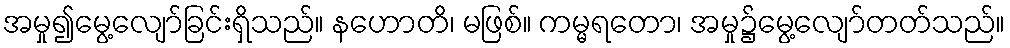
အမှု၍မွေ့လျော်ခြင်းရှိသည်။ နဟောတိ၊ မဖြစ်။ ကမ္မရတော၊ အမှု၌မွေ့လျော်တတ်သည်။